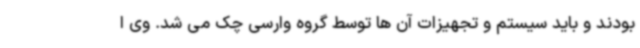
بودند و باید سیستم و تجهیزات آن ها توسط گروه وارسی چک می شد. وی ا